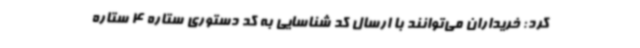
کرد: خریداران می‌توانند با ارسال کد شناسایی به کد دستوری ستاره 4 ستاره